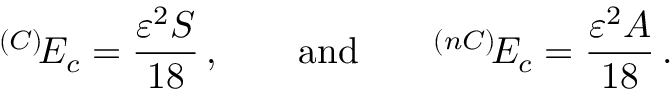
^ { ( C ) } \! E _ { c } = \frac { \varepsilon ^ { 2 } S } { 1 8 } \, , \qquad \mathrm { a n d } \qquad ^ { ( n C ) } \! E _ { c } = \frac { \varepsilon ^ { 2 } A } { 1 8 } \, .